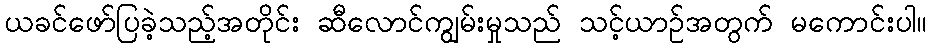
ယခင်ဖော်ပြခဲ့သည့်အတိုင်း ဆီလောင်ကျွမ်းမှုသည် သင့်ယာဉ်အတွက် မကောင်းပါ။